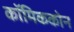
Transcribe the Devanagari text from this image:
कॉमिककोन